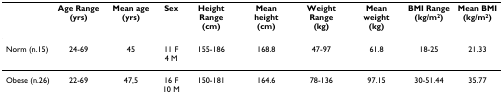
<table><thead><tr><td></td><td><b>Age Range(yrs)</b></td><td><b>Mean age (yrs)</b></td><td><b>Sex</b></td><td><b>Height Range(cm)</b></td><td><b>Mean height(cm)</b></td><td><b>Weight Range(kg)</b></td><td><b>Mean weight(kg)</b></td><td><b>BMI Range(kg/m<sup>2</sup>)</b></td><td><b>Mean BMI(kg/m<sup>2</sup>)</b></td></tr></thead><tbody><tr><td>Norm (n.15)</td><td>24-69</td><td>45</td><td>11 F4 M</td><td>155-186</td><td>168.8</td><td>47-97</td><td>61.8</td><td>18-25</td><td>21.33</td></tr><tr><td>Obese (n.26)</td><td>22-69</td><td>47,5</td><td>16 F10 M</td><td>150-181</td><td>164.6</td><td>78-136</td><td>97.15</td><td>30-51.44</td><td>35.77</td></tr></tbody></table>